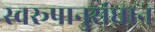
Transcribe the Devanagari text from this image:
स्वरूपानुसंधान